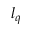
l _ { q }